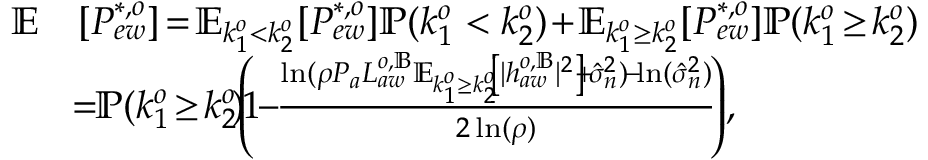
\begin{array} { r l } { \mathbb { E } } & { [ P _ { e w } ^ { * , o } ] \! = \! \mathbb { E } _ { k _ { 1 } ^ { o } < k _ { 2 } ^ { o } } [ P _ { e w } ^ { * , o } ] \mathbb { P } ( k _ { 1 } ^ { o } < k _ { 2 } ^ { o } ) \! + \! \mathbb { E } _ { k _ { 1 } ^ { o } \geq k _ { 2 } ^ { o } } [ P _ { e w } ^ { * , o } ] \mathbb { P } ( k _ { 1 } ^ { o } \! \geq \! k _ { 2 } ^ { o } ) } \\ & { \! = \! \! \mathbb { P } ( k _ { 1 } ^ { o } \! \geq \! k _ { 2 } ^ { o } \! ) \! \! \left( \! \! 1 \! \! - \! \! \frac { \ln ( \rho P _ { a } L _ { a w } ^ { o , \mathbb { B } } \mathbb { E } _ { k _ { 1 } ^ { o } \geq k _ { 2 } ^ { o } } \! \! \left[ | { h } _ { a w } ^ { o , \mathbb { B } } | ^ { 2 } \right] \! \! + \! \hat { \sigma } _ { n } ^ { 2 } ) \! - \! \ln ( \hat { \sigma } _ { n } ^ { 2 } ) } { 2 \ln ( \rho ) } \! \right) \! , } \end{array}